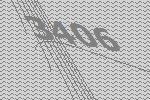
3406